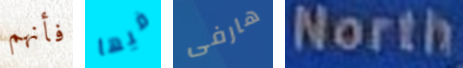
فأنهم فيها هارفى North